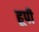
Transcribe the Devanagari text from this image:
हूपी